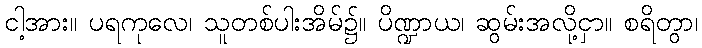
ငါ့အား။ ပရကုလေ၊ သူတစ်ပါးအိမ်၌။ ပိဏ္ဍာယ၊ ဆွမ်းအလို့ငှာ။ စရိတွာ၊